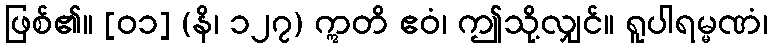
ဖြစ်၏။ [၀၁] (နိ၊ ၁၂၇) ဣတိ ဧဝံ၊ ဤသို့လျှင်။ ရူပါရမ္မဏံ၊